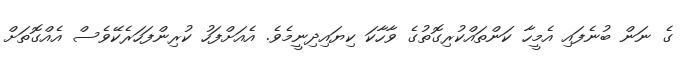
ގެ ނަން ބުނެފައި އެމީހާ ކަންތައްކުރިގޮތުގެ ވާހާކަ ކިޔައިދިނީމެވެ. އެއަށްފަހު ކުރިންފަހަރެކޭވެސް އެއްގޮތަށް